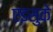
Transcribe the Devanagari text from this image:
एइसुके